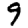
Digit: 9